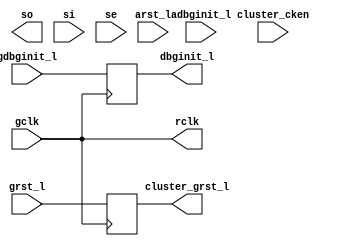
module cluster_header (/*AUTOARG*/
   // Outputs
   dbginit_l, cluster_grst_l, rclk, so, 
   // Inputs
   gclk, cluster_cken, arst_l, grst_l, adbginit_l, gdbginit_l, si, 
   se
   );

   input       gclk;
   input       cluster_cken;
   input       arst_l;
   input       grst_l;
   input       adbginit_l;
   input       gdbginit_l; 
   output      dbginit_l; 
   output      cluster_grst_l;
   output      rclk;

   input       si; // scan ports for reset flop repeaters
   input       se;
   output      so;


//  assign #10 rclk = gclk;
//  assign #10 dbginit_l = gdbginit_l;
//  assign #10 cluster_grst_l = grst_l; 
//  assign so = 1'b0;

reg      dbginit_l; 
reg      cluster_grst_l;

assign #10 rclk = gclk;

always @(negedge rclk) begin
  dbginit_l <= gdbginit_l;
  cluster_grst_l <= grst_l;
end























































endmodule